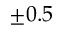
\pm 0 . 5